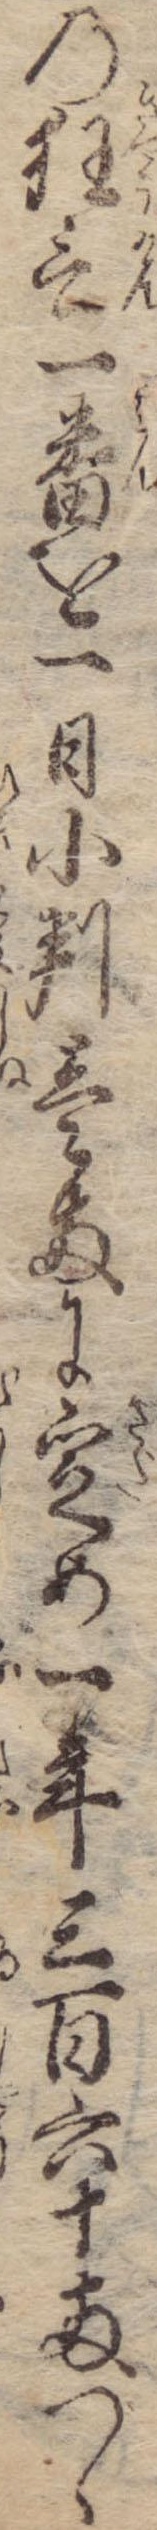
の狂言一番を一日小判壱両に定め一年三百六十両つゝ